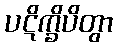
ပဋိက္ခိပိတွာ